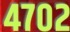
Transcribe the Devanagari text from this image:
४७०२